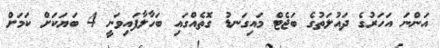
އަންނަ އަހަރުގެ ދައުލަތުގެ ބަޖެޓް މައިގަނޑު ގޮތެއްގައި ބަހާލާފައިވަނީ 4 ބަޔަކަށް ކަމަށް